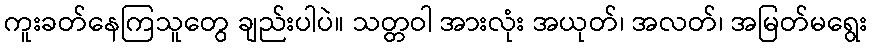
ကူးခတ်နေကြသူတွေ ချည်းပါပဲ။ သတ္တဝါ အားလုံး အယုတ်၊ အလတ်၊ အမြတ်မရွေး